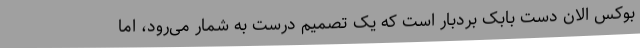
بوکس الان دست بابک بردبار است که یک تصمیم درست به شمار می‌رود، اما